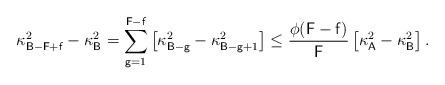
LaTeX: \begin{align*}\kappa^2_{\mathsf{B}-\mathsf{F}+\mathsf{f}}-\kappa_{\mathsf{B}}^2=\sum\limits_{\mathsf{g}=1}^{\mathsf{F}-\mathsf{f}}\big[\kappa_{\mathsf{B}-\mathsf{g}}^2-\kappa^2_{\mathsf{B}-\mathsf{g}+1}\big]\leq \frac{\phi(\mathsf{F}-\mathsf{f})}{\mathsf{F}}\,\big[\kappa^{2}_{\mathsf{A}}-\kappa^{2}_{\mathsf{B}}\big]\,.\end{align*}